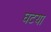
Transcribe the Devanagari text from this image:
घटया